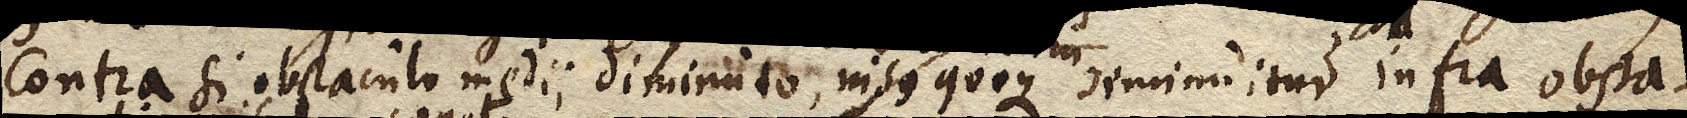
Contra si obstaculo medii diminuto, nisus quoque diminuitur infra obsta-